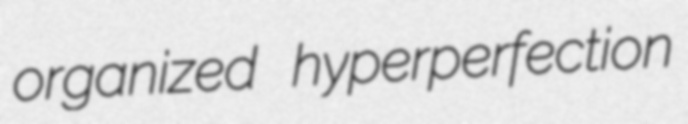
organized hyperperfection